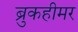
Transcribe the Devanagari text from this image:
ब्रुकहीमर